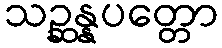
သဉ္ဆန္နပတ္တော